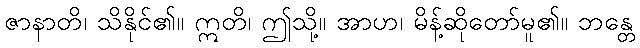
ဇာနာတိ၊ သိနိုင်၏။ ဣတိ၊ ဤသို့။ အာဟ၊ မိန့်ဆိုတော်မူ၏။ ဘန္တေ